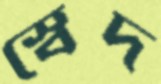
স্বেদ